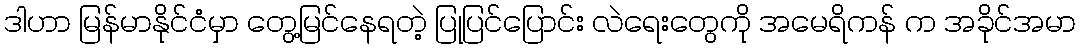
ဒါဟာ မြန်မာနိုင်ငံမှာ တွေ့မြင်နေရတဲ့ ပြုပြင်ပြောင်း လဲရေးတွေကို အမေရိကန် က အခိုင်အမာ